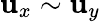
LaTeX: \mathbf{u}_{x}\sim\mathbf{u}_{y}